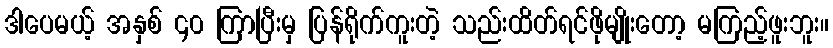
ဒါပေမယ့် အနှစ် ၄၀ ကြာပြီးမှ ပြန်ရိုက်ကူးတဲ့ သည်းထိတ်ရင်ဖိုမျိုးတော့ မကြည့်ဖူးဘူး။